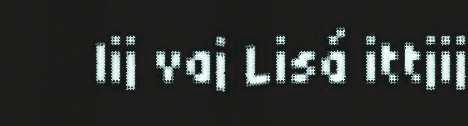
lij vaj Lisá ittjij